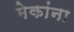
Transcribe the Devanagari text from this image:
मेकांना